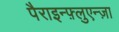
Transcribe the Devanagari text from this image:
पैराइन्फ़्लुएन्ज़ा